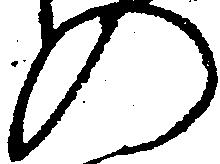
の